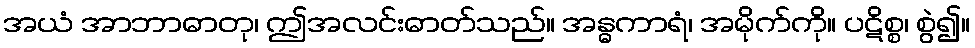
အယံ အာဘာဓာတု၊ ဤအလင်းဓာတ်သည်။ အန္ဓကာရံ၊ အမိုက်ကို။ ပဋိစ္စ၊ စွဲ၍။